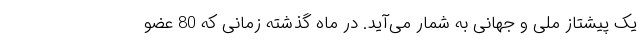
یک پیشتاز ملی و جهانی به شمار می‌آید. در ماه گذشته زمانی که 80 عضو